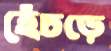
হেঁচড়ে